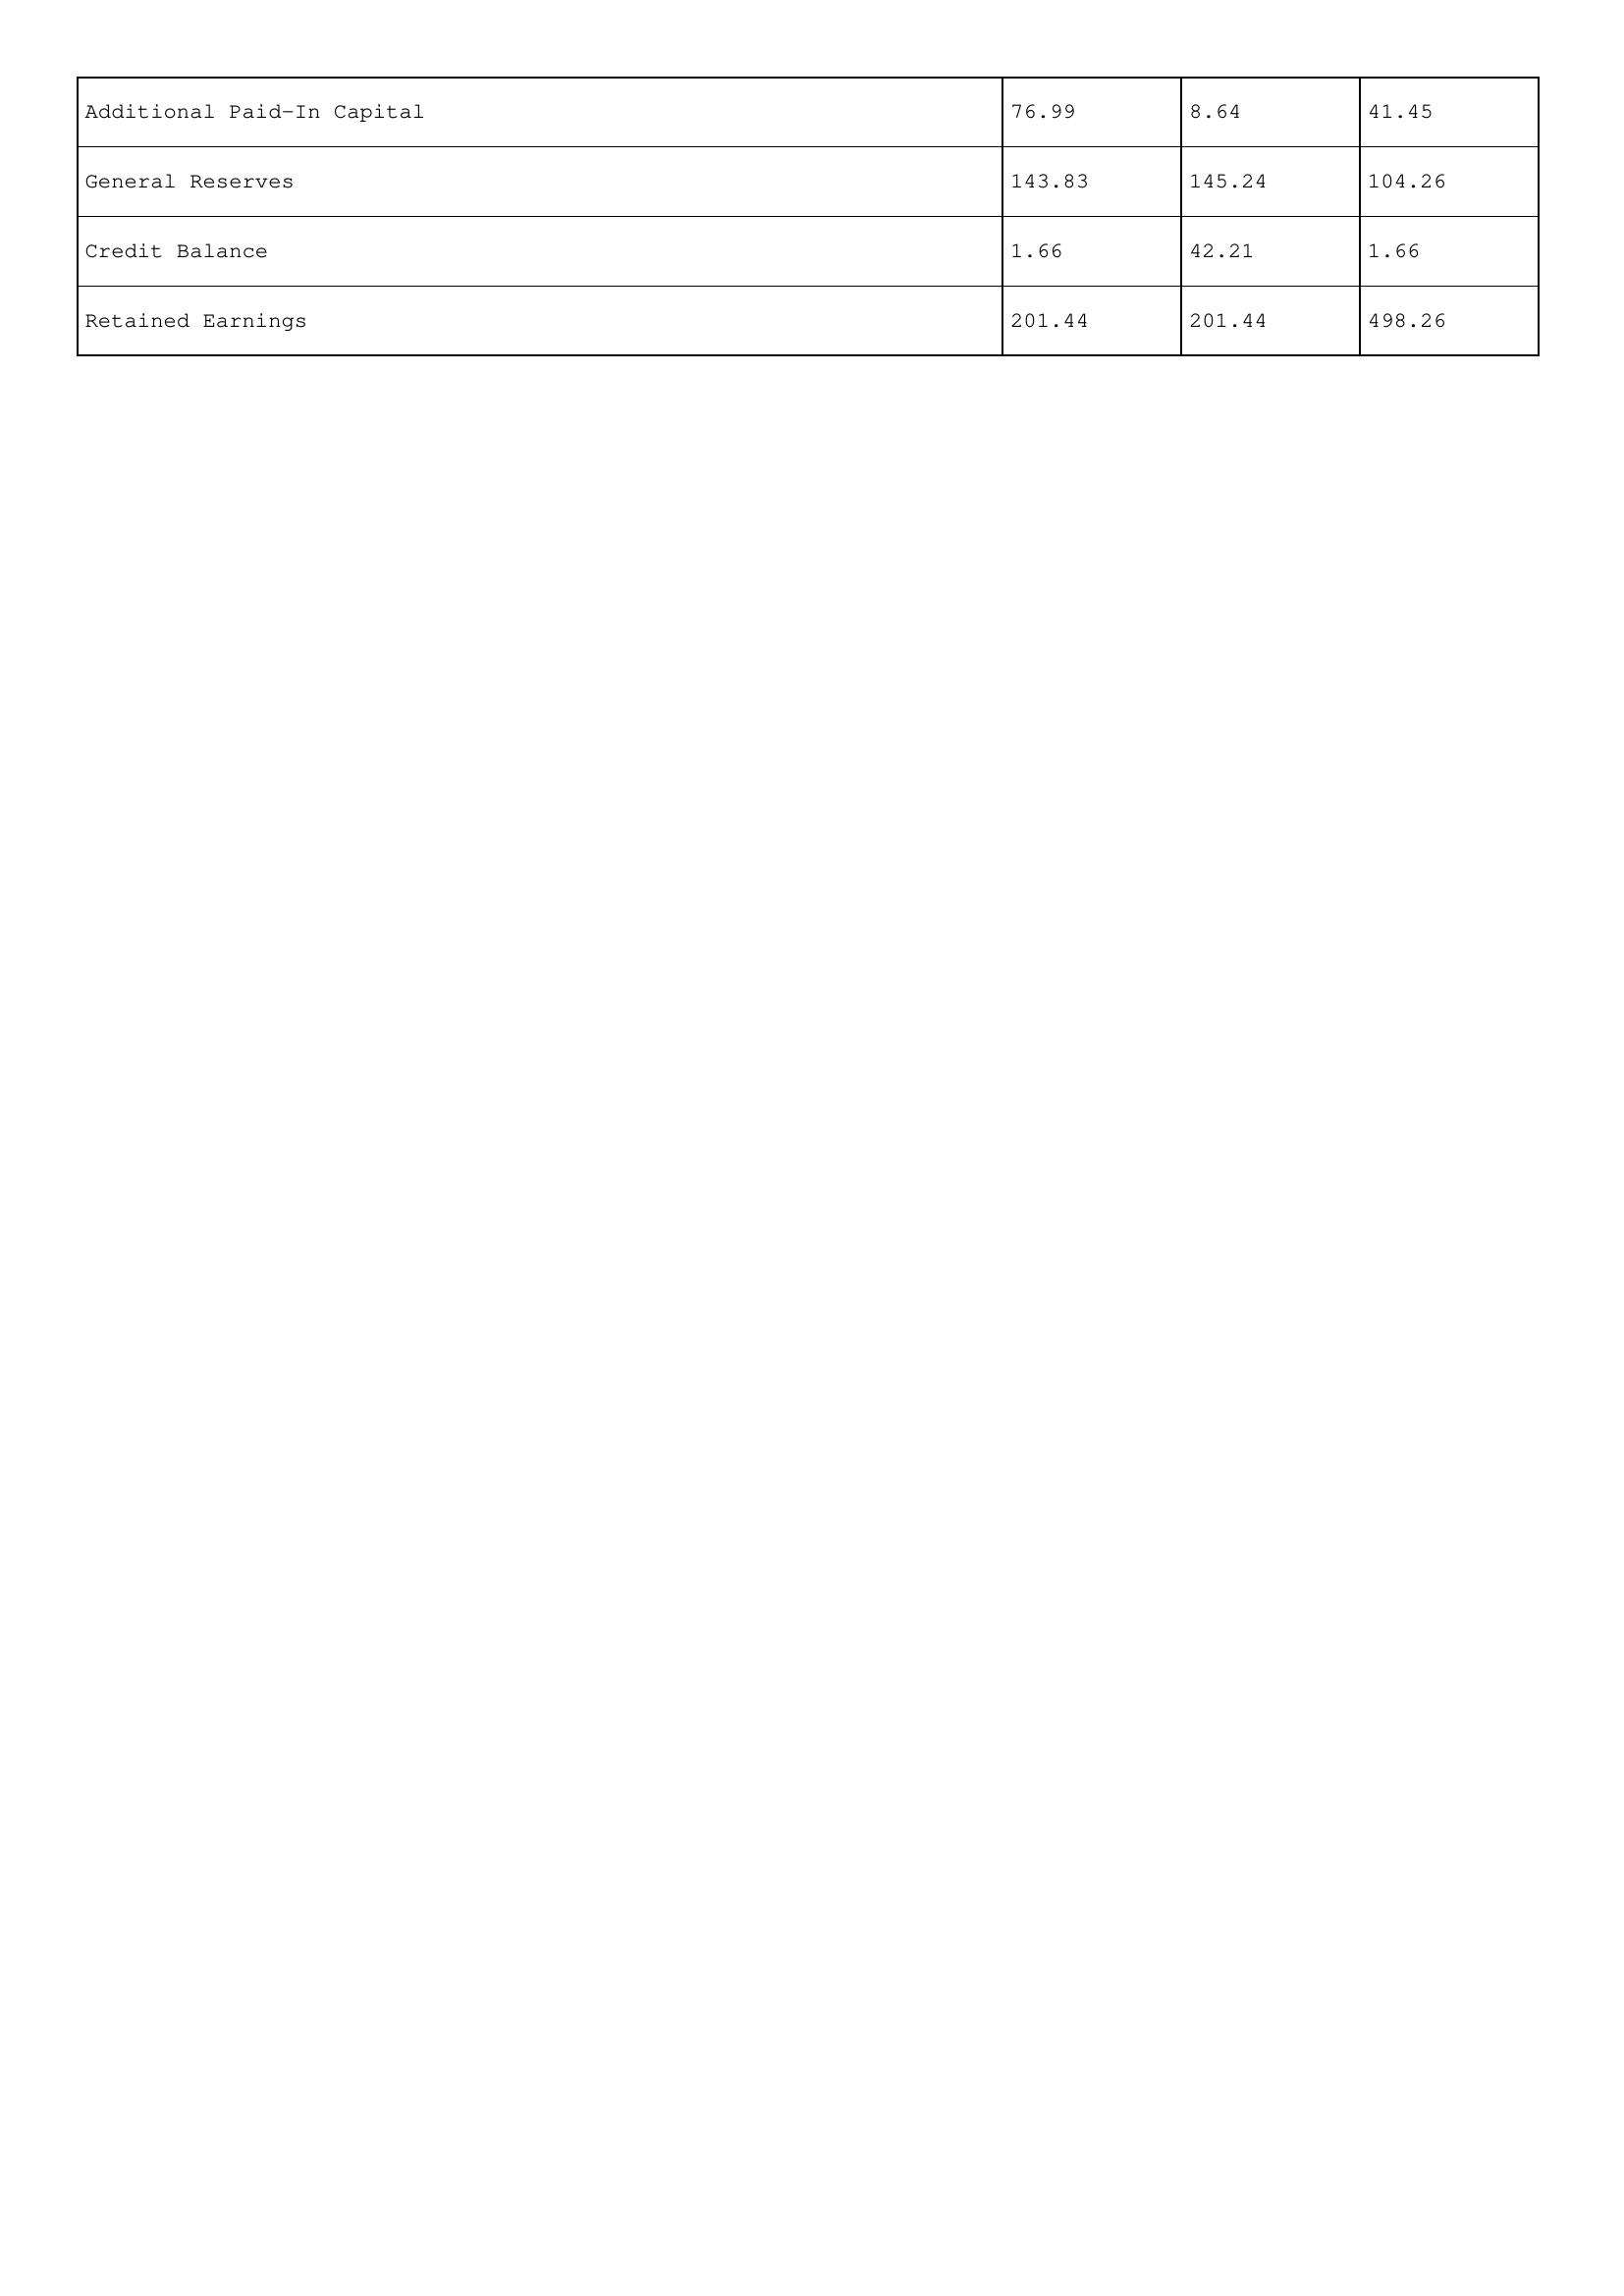
gt_parse: 2000: Additional Paid-In Capital: 76.99
General Reserves: 143.83
Credit Balance: 1.66
Retained Earnings: 201.44
1999: Additional Paid-In Capital: 8.64
General Reserves: 145.24
Credit Balance: 42.21
Retained Earnings: 201.44
1998: Additional Paid-In Capital: 41.45
General Reserves: 104.26
Credit Balance: 1.66
Retained Earnings: 498.26